Code of medical and sanitary regulations for the guidance of medical officers serving in the Madras Presidency - Volume II
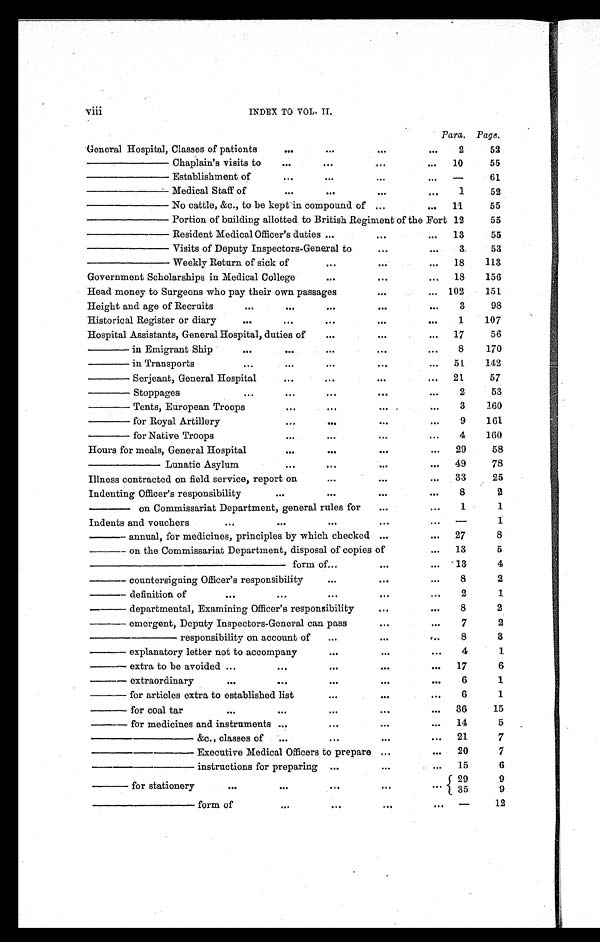
Viii
INDEX TO VOL. II.
Para. Page.
General Hospital, Classes of patients
...
...
...
. . .
2
52
———— Chaplain's visits to
...
...
...
. . .
10
55
———— Establishment of
...
...
...
. . .
—
61
———— Medical Staff of
...
...
...
...
1
52
— — — — N o c a t t l e , & c . , t o b e k e p t i n c o m p o u n d o f ...
...
11
55
———— Portion of building allotted to British Regiment of the Fort 12
55
— — — — R e s i d e n t M e d i c a l O f f i c e r ' s d u t i e s
...
...
...
13
55
———— Visits of Deputy Inspectors-General to
. . .
. . .
3
53
———— Weekly Return of sick of
...
...
. . .
18
113
Government Scholarships in Medical College
...
. . .
. . .
18
156
Head money to Surgeons who pay their own passages
...
... 102
151
Height and age of Recruits
. . .
. . .
...
...
...
3
98
Historical Register or diary
. . .
...
...
...
...
1
107
Hospital Assistants, General Hospital, duties of
...
...
...
17
56
——
in Emigrant Ship
. . .
...
...
. . .
. . .
8
170
—— in Transports
. . .
...
...
. . .
...
51
142
—— Serjeant, General Hospital
...
...
...
. . .
21
57
—— Stoppages
. . .
...
...
...
...
2
53
—— Tents, European Troops
. . .
...
...
. . .
3
160
—— for Royal Artillery
...
...
. . .
. . .
9
161
—— for Native Troops
. . .
...
...
. . .
4
160
Hours for meals, General Hospital
. . .
...
. . .
...
29
58
———— Lunatic Asylum
...
...
. . .
...
49
78
Illness contracted on field service, report on
...
...
. . .
33
25
Indenting Officer's responsibility
. . .
...
...
. . .
8
2
——
on Commissariat Department, general rules for
...
...
1
1
Indents and vouchers
. . .
...
...
. . .
. . .
—
1
—— annual, for medicines, principles by which checked ...
...
27
8
——
on the Commissariat Department, disposal of copies of
. . .
13
5
— — — — — — — — — — f o r m o f
...
. . .
...
13
4
—— countersigning Officer's responsibility
...
. . .
...
8
2
——
definition of
...
...
...
...
...
2
1
——
departmental, Examining Officer's responsibility
. . .
. . .
8
2
—— emergent, Deputy Inspectors-General can pass
...
...
7
2
————
responsibility on account of
...
. . .
...
8
3
——
explanatory letter not to accompany
...
. . .
...
4
1
—— extra to be avoided ...
. . .
...
. . .
...
17
6
—— extraordinary
. . .
...
...
. . .
. . .
6
1
——
for articles extra to established li st
...
. . .
...
6
1
— — f o r c o a l t a r
. . .
. . .
...
...
...
36
15
——
for medicines and instruments ...
...
. . .
. . .
14
5
— — — — —
& c . ,c
l a s s e s o f . . .
...
. . .
...
21
7
————— Executive Medical Officers to prepare ...
...
20
7
————— instructions for preparing
...
...
...
15
6
—— for stationery
. . .
. . .
...
. . .
. . . 29
9
35
9
—————
form of
. . .
...
. . .
...
—
12